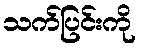
သက်ပြင်းကို